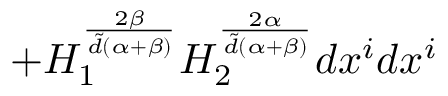
+ H _ { 1 } ^ { \frac { 2 \beta } { { \tilde { d } } ( \alpha + \beta ) } } H _ { 2 } ^ { \frac { 2 \alpha } { { \tilde { d } } ( \alpha + \beta ) } } d x ^ { i } d x ^ { i }